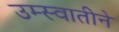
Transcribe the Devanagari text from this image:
उम्स्वातीने